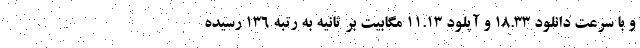
و با سرعت دانلود ۱۸.۳۳ و آپلود ۱۱.۱۳ مگابیت بر ثانیه به رتبه ۱۳۶ رسیده